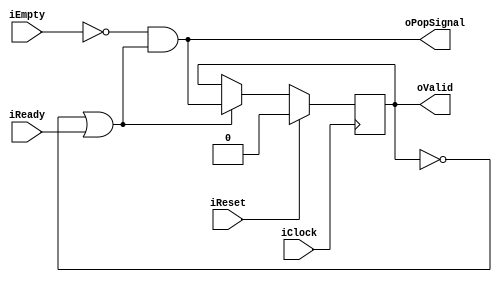
//////////////////////////////////////////////////////////////////////////////////
// AutoFIFOPopControl for Cosmos OpenSSD
// Copyright (c) 2015 Hanyang University ENC Lab.
// Contributed by Kibin Park <kbpark@enc.hanyang.ac.kr>
//                Yong Ho Song <yhsong@enc.hanyang.ac.kr>
//
// This file is part of Cosmos OpenSSD.
//
// Cosmos OpenSSD is free software; you can redistribute it and/or modify
// it under the terms of the GNU General Public License as published by
// the Free Software Foundation; either version 3, or (at your option)
// any later version.
//
// Cosmos OpenSSD is distributed in the hope that it will be useful,
// but WITHOUT ANY WARRANTY; without even the implied warranty of
// MERCHANTABILITY or FITNESS FOR A PARTICULAR PURPOSE.
// See the GNU General Public License for more details.
//
// You should have received a copy of the GNU General Public License
// along with Cosmos OpenSSD; see the file COPYING.
// If not, see <http://www.gnu.org/licenses/>. 
//////////////////////////////////////////////////////////////////////////////////

//////////////////////////////////////////////////////////////////////////////////
// Company: ENC Lab. <http://enc.hanyang.ac.kr>
// 
// Project Name: Cosmos OpenSSD
// Design Name: Auto FIFO pop controller
// Module Name: AutoFIFOPopControl
//
// Version: v1.0.0
//
// Description: Automatical FIFO data pop control
//
//////////////////////////////////////////////////////////////////////////////////

//////////////////////////////////////////////////////////////////////////////////
// Revision History:
//
// * v1.0.0
//   - first draft 
//////////////////////////////////////////////////////////////////////////////////
`timescale 1ns / 1ps

module AutoFIFOPopControl
(
    iClock      ,
    iReset      ,
    oPopSignal  ,
    iEmpty      ,
    oValid      ,
    iReady
);
    input   iClock      ;
    input   iReset      ;
    output  oPopSignal  ;
    input   iEmpty      ;
    output  oValid      ;
    input   iReady      ;

    reg     rValid      ;
    
    assign  oPopSignal  = (!iEmpty && (!rValid || iReady));
    assign  oValid      = rValid;
    
    always @ (posedge iClock)
        if (iReset)
            rValid <= 1'b0;
        else
            if ((!rValid || iReady))
                rValid <= oPopSignal;

endmodule